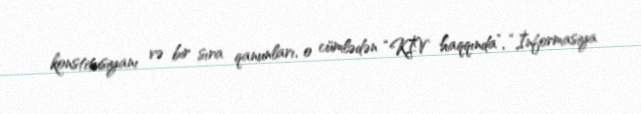
konstitusiyanı və bir sıra qanunları, o cümlədən “KİV haqqında”, “İnformasiya